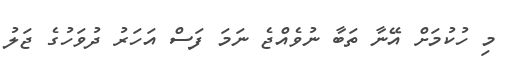
މި ހުކުމަށް އޭނާ ތަބާ ނުވެއްޖެ ނަމަ ފަސް އަހަރު ދުވަހުގެ ޖަލު